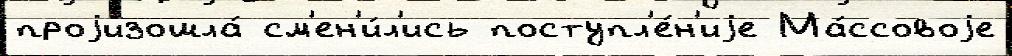
проjизошла́ см'ен'и́л'ись поступл'е́н'иjе Ма́ссовоjе